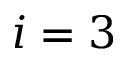
i = 3